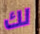
لك